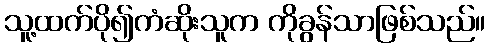
သူ့ထက်ပို၍ကံဆိုးသူက ကိုခွန်သာဖြစ်သည်။